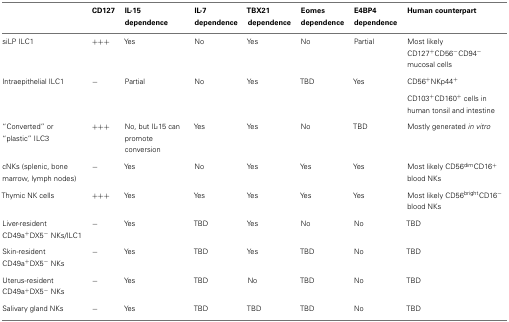
<table><thead><tr><td></td><td><b>CD127</b></td><td><b>IL-15 dependence</b></td><td><b>IL-7 dependence</b></td><td><b>TBX21 dependence</b></td><td><b>Eomes dependence</b></td><td><b>E4BP4 dependence</b></td><td><b>Human counterpart</b></td></tr></thead><tbody><tr><td>siLP ILC1</td><td>+++</td><td>Yes</td><td>No</td><td>Yes</td><td>No</td><td>Partial</td><td>Most likely CD127<sup>+</sup>CD56<sup>−</sup>CD94<sup>−</sup>mucosal cells</td></tr><tr><td>Intraepithelial ILC1</td><td>−</td><td>Partial</td><td>No</td><td>Yes</td><td>TBD</td><td>Yes</td><td>CD56<sup>+</sup>NKp44<sup>+</sup></td></tr><tr><td></td><td></td><td></td><td></td><td></td><td></td><td></td><td>CD103<sup>+</sup>CD160<sup>+</sup> cells in human tonsil and intestine</td></tr><tr><td>“Converted” or “plastic” ILC3</td><td>+++</td><td>No, but IL-15 can promote conversion</td><td>Yes</td><td>Yes</td><td>No</td><td>TBD</td><td>Mostly generated <i>in vitro</i></td></tr><tr><td>cNKs (splenic, bone marrow, lymph nodes)</td><td>−</td><td>Yes</td><td>No</td><td>Yes</td><td>Yes</td><td>Yes</td><td>Most likely CD56im<sup>dim</sup>CD16<sup>+</sup> blood NKs</td></tr><tr><td>Thymic NK cells</td><td>+++</td><td>Yes</td><td>Yes</td><td>Yes</td><td>Yes</td><td>Yes</td><td>Most likely CD56right<sup>bright</sup>CD16<sup>−</sup>blood NKs</td></tr><tr><td>Liver-resident CD49a<sup>+</sup>DX5<sup>−</sup>NKs/ILC1</td><td>−</td><td>Yes</td><td>TBD</td><td>Yes</td><td>No</td><td>No</td><td>TBD</td></tr><tr><td>Skin-resident CD49a<sup>+</sup>DX5<sup>−</sup>NKs</td><td>−</td><td>Yes</td><td>TBD</td><td>Yes</td><td>TBD</td><td>No</td><td>TBD</td></tr><tr><td>Uterus-resident CD49a<sup>+</sup>DX5<sup>−</sup>NKs</td><td>−</td><td>Yes</td><td>TBD</td><td>No</td><td>TBD</td><td>No</td><td>TBD</td></tr><tr><td>Salivary gland NKs</td><td>−</td><td>Yes</td><td>TBD</td><td>TBD</td><td>TBD</td><td>No</td><td>TBD</td></tr></tbody></table>